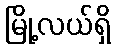
မြို့လယ်ရှိ